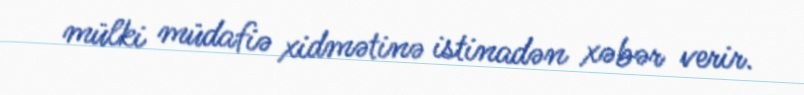
mülki müdafiə xidmətinə istinadən xəbər verir.